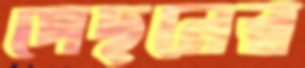
পেছনের